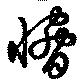
愶